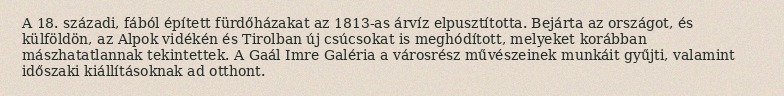
A 18. századi, fából épített fürdőházakat az 1813-as árvíz elpusztította. Bejárta az országot, és külföldön, az Alpok vidékén és Tirolban új csúcsokat is meghódított, melyeket korábban mászhatatlannak tekintettek. A Gaál Imre Galéria a városrész művészeinek munkáit gyűjti, valamint időszaki kiállításoknak ad otthont.